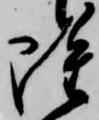
雖